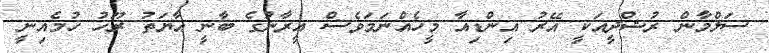
ސަލްމާން ރުޝްދީއަކީ އޭރު އިންޑިއާ މީހެއްނަމަވެސް އީރާނުގެ ބާނީ އާޔަތު ރޫހު ޚުމެއިނީ